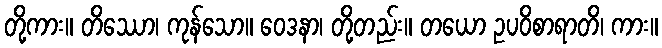
တို့ကား။ တိဿော၊ ကုန်သော။ ဝေဒနာ၊ တို့တည်း။ တယော ဥပဝိစာရာတိ၊ ကား။